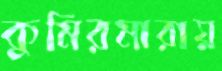
কুমিরমারায়